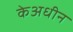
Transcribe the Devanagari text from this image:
केअधीन